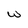
Character: w